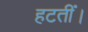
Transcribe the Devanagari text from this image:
हटतीं।